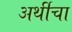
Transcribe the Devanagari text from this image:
अर्थीचा